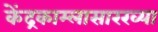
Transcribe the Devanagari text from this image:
केंद्रकाम्लासारख्या